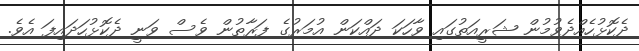
ދެކޮޅުހެއްދެވުމުން ޝަރީއަތުގައި ވާހަކަ ދައްކަން އުމަރުގެ ފަރާތުން ވެސް ވަނީ ދެކޮޅުހަދައިފަ އެވެ.